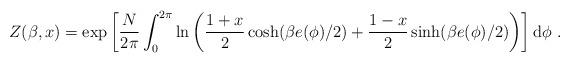
LaTeX: \begin{align*}Z(\beta,x)=\exp\left [\frac{N}{2\pi} \int_0^{2\pi} \ln \left ( \frac{1+x}{2}\cosh(\beta e(\phi)/2)+\frac{1-x}{2}\sinh(\beta e(\phi)/2)\right ) \right ]\mathrm{d}\phi\ .\end{align*}